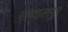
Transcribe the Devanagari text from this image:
सब्दालपुर